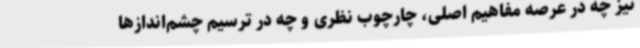
نیز چه در عرصه مفاهیم اصلی، چارچوب نظری و چه در ترسیم چشم‌اندازها